画像に写った文字を読んでください
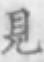
「見」と書いてあります